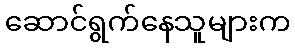
ဆောင်ရွက်နေသူများက